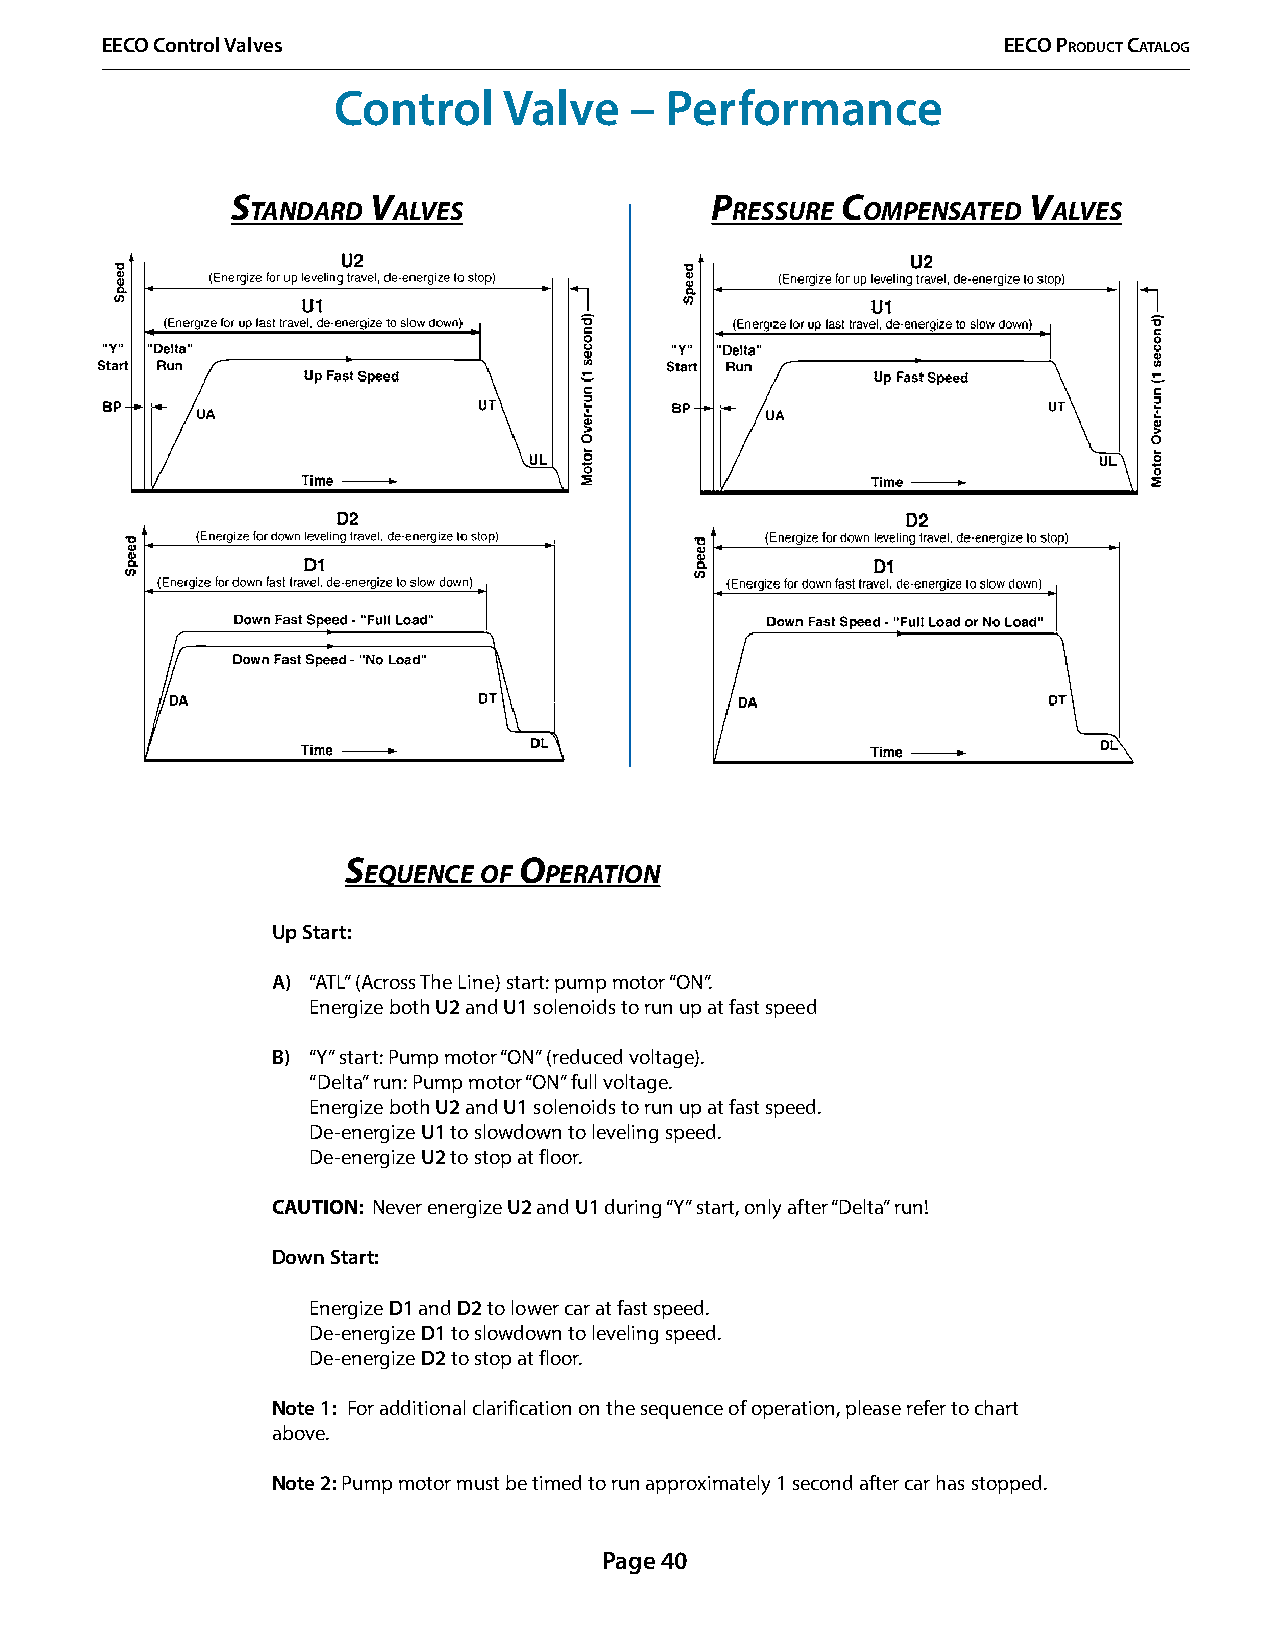
EECO Control Valves                                        EECO PrOduCt CatalOg
 Control    Valve    – Performance
 s        v                      p        C           v
 tanDarD  alves                 ressure  oMpensateD   alves
 s          o
 eQuenCe of  peration
 Up Start:
 A) “ATL” (Across The Line) start: pump motor “ON”.
 Energize both U2 and U1 solenoids to run up at fast speed
 B) “Y” start: Pump motor “ON” (reduced voltage).
 “Delta” run: Pump motor “ON” full voltage.
 Energize both U2 and U1 solenoids to run up at fast speed.
 De-energize U1 to slowdown to leveling speed.
 De-energize U2 to stop at floor.
 CAUTION: Never energize U2 and U1 during “Y” start, only after “Delta” run!
 Down Start:
 Energize D1 and D2 to lower car at fast speed.
 De-energize D1 to slowdown to leveling speed.
 De-energize D2 to stop at floor.
 Note 1: For additional clarification on the sequence of operation, please refer to chart
 above.
 Note 2: Pump motor must be timed to run approximately 1 second after car has stopped.
 Page 40